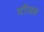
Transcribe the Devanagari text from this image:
दौलह